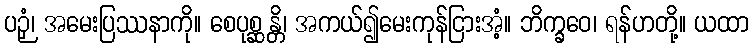
ပဉှံ၊ အမေးပြဿနာကို။ စေပုစ္ဆန္တိ၊ အကယ်၍မေးကုန်ငြားအံ့။ ဘိက္ခဝေ၊ ရန်ဟတို့။ ယထာ